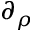
\partial _ { \rho }